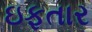
ઇફતાર